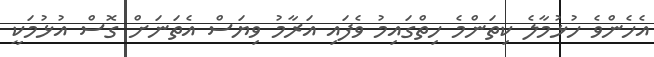
އެހެންވެ ހުޅުމާލެ ކިތަންމެ ހިތްގައިމު ވެފައި އަރާމު ވިޔަސް އެތަނަށް ގޮސް އުޅުމަކީ